65_HS1-834228961_62-HQ-83894_Section_10
Agency: FBI
Page 129
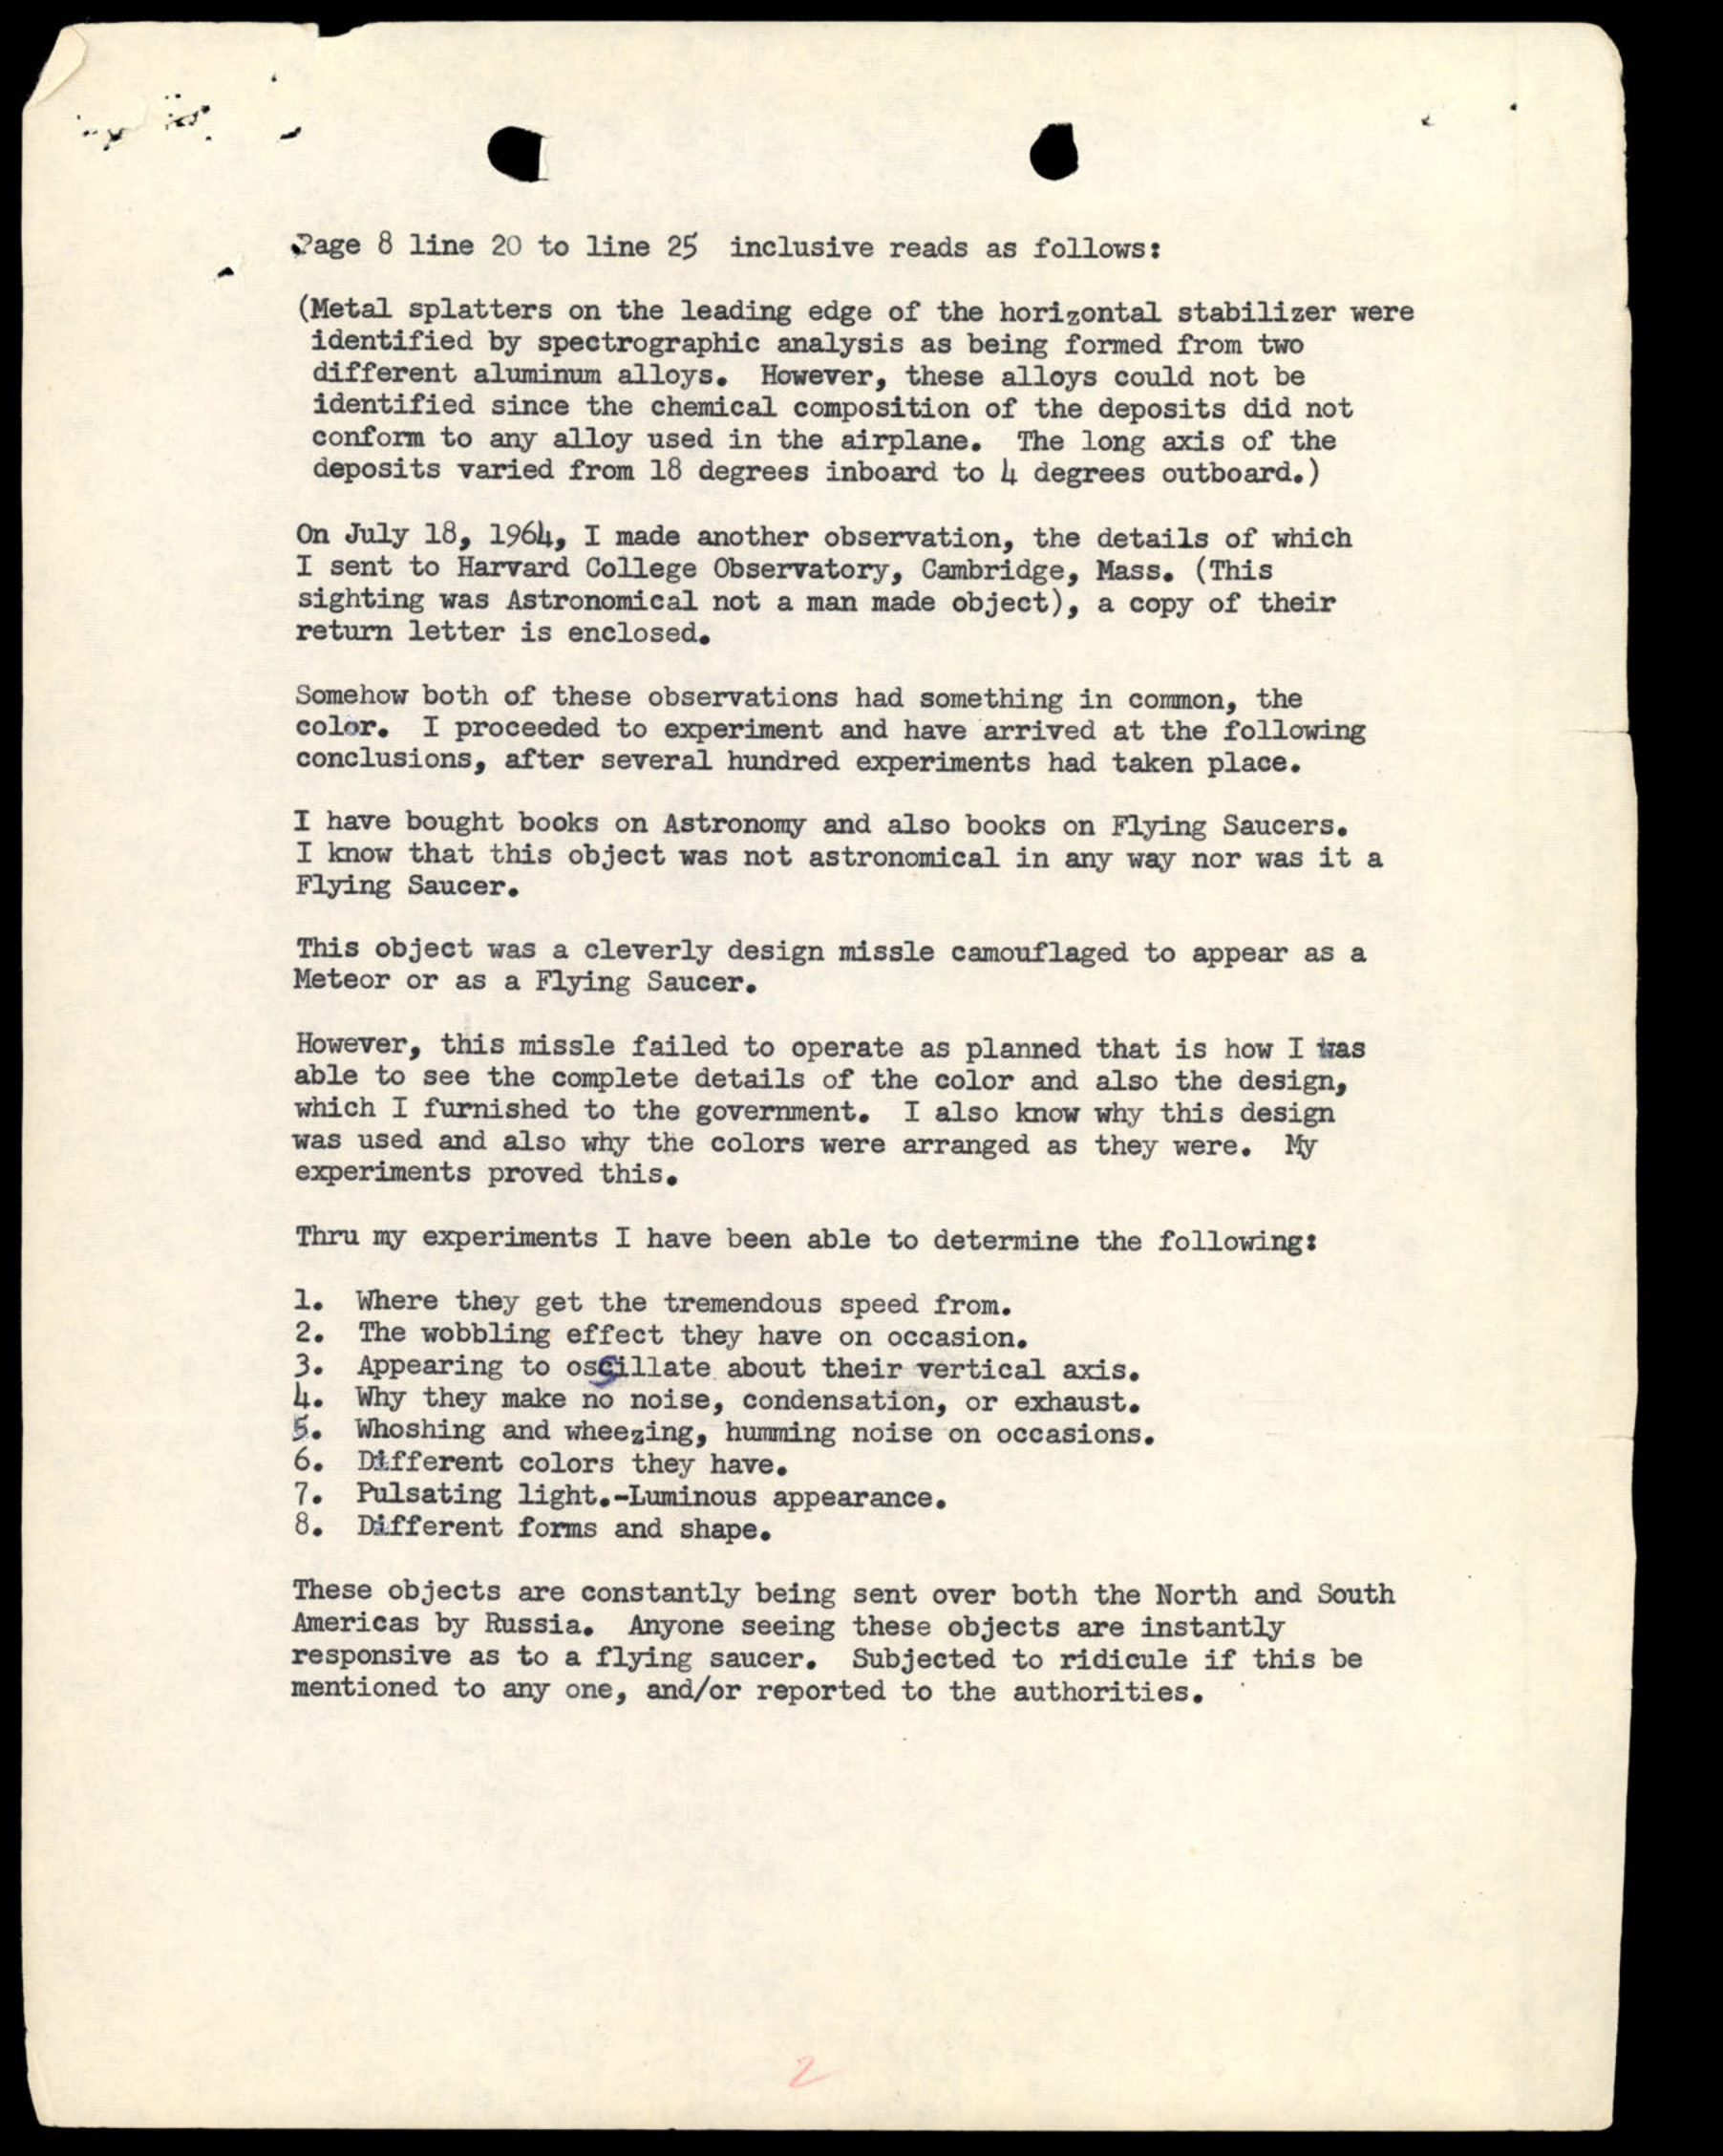